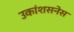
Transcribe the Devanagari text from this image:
उकांशसनेस